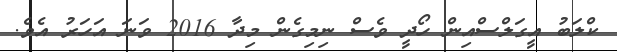
ކްލަބު އީގަލްސްއިން ހޯދީ ވެސް ނިމިގެން މިދާ 2016 ވަނަ އަހަރު އެވެ.